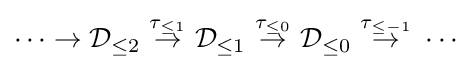
\cdots \to {\mathcal {D}}_{\leq 2}\ {\stackrel {\tau _{\leq 1}}{\to }}\ {\mathcal {D}}_{\leq 1}\ {\stackrel {\tau _{\leq 0}}{\to }}\ {\mathcal {D}}_{\leq 0}\ {\stackrel {\tau _{\leq -1}}{\to }}\ \cdots